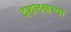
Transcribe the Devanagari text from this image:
दशलक्षच्या